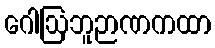
ဂေါဩဘူဉာဏကထာ